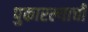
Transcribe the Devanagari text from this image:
पुकारल्याची